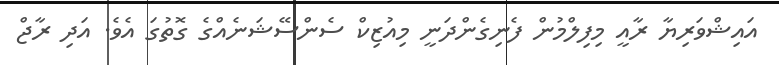
އައިޝްވަރިޔާ ރާއީ މިފިލްމުން ފެނިގެންދަނީ މިއުޒިކް ސެންސޭޝަނެއްގެ ގޮތުގަ އެވެ. އަދި ރާޖް